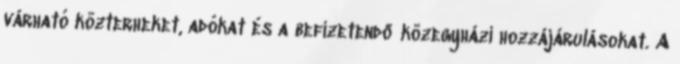
várható közterheket, adókat és a befizetendő közegyházi hozzájárulásokat. A